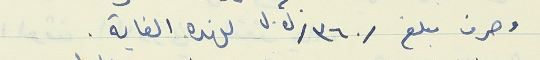
وصرف مبلغ و/٣٦٠/ ل.ل لهذه الغاية .